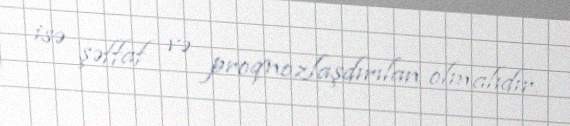
isə şəffaf və proqnozlaşdırılan olmalıdır.